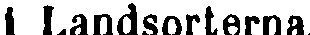
i Landsorterna.